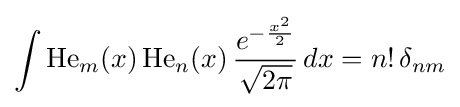
\int \operatorname {He} _{m}(x)\operatorname {He} _{n}(x)\,{\frac {e^{-{\frac {x^{2}}{2}}}}{\sqrt {2\pi }}}\,dx=n!\,\delta _{nm}